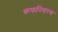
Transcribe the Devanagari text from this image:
कफनिवारक